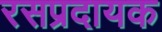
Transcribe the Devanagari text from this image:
रसप्रदायक